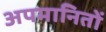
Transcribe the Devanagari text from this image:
अपमानितों